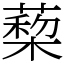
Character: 蔾